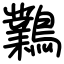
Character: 鸈